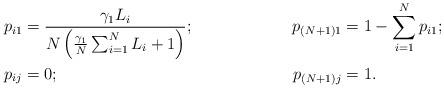
LaTeX: \begin{align*} p_{i1} &= \frac{\gamma_1 L_i}{N\left( \frac{\gamma_1}{N} \sum_{i=1}^N L_i + 1\right)}; &&& p_{(N+1)1} & =1 - \sum_{i=1}^N p_{i1}; \\p_{ij} &= 0; &&& p_{(N+1)j} &= 1. \end{align*}